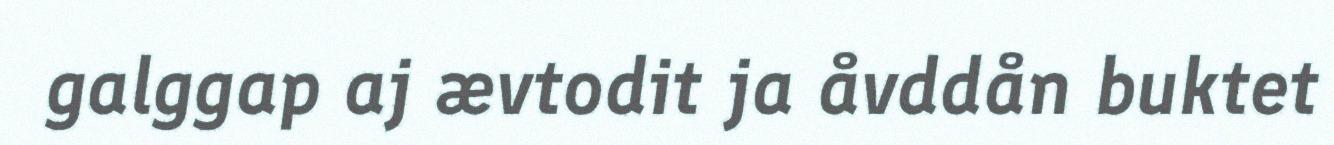
galggap aj ævtodit ja åvddån buktet